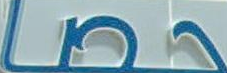
حصا